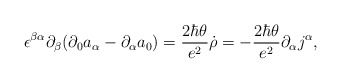
\begin{align*}\epsilon^{\beta\alpha}\partial_\beta (\partial_0a_\alpha-\partial_\alpha a_0)={2\hbar\theta\over e^2}\dot\rho=- {2\hbar\theta\over e^2}\partial_\alpha j^\alpha,\end{align*}